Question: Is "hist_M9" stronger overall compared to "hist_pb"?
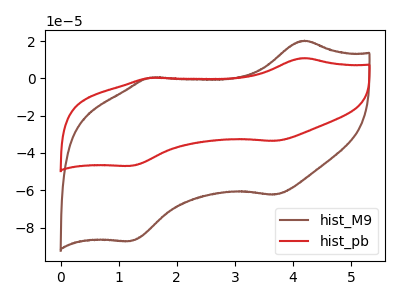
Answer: <think>The brown curve "hist_M9" has anodic peaks at (4.20V, 20.20uA) (1.55V, 0.45uA) and cathodic peaks at (3.70V, -62.35uA) (1.20V, -87.25uA). The red curve "hist_pb" has anodic peaks at (4.20V, 10.85uA) (1.55V, 0.25uA) and cathodic peaks at (3.70V, -33.55uA) (1.20V, -46.95uA).
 All the peaks in "hist_M9" have a peak in "hist_pb" at the same potential. Every peak in "hist_M9" is higher than every peak in "hist_pb".</think>
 <answer>"hist_M9" has more signal than "hist_pb".</answer>
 <eval>more_signal</eval>